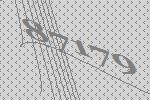
87179